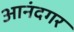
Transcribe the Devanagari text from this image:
आनंदगर